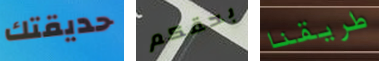
حديقتك بحقكم طريقنا